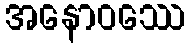
အနောဝဿေ